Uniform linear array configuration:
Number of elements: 24
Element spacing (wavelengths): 0.75
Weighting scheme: binomial
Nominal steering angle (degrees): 60
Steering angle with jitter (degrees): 61.127
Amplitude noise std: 0.05
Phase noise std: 0.05

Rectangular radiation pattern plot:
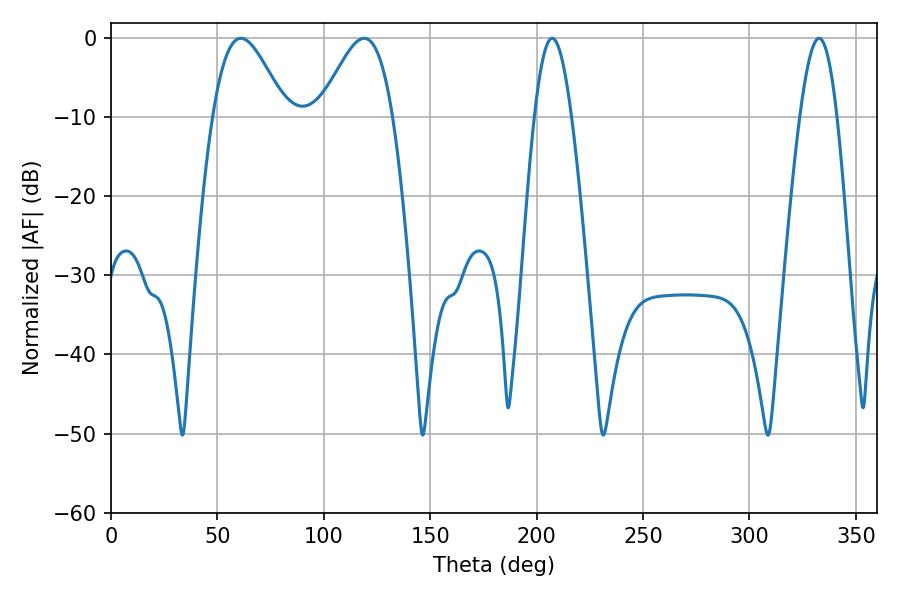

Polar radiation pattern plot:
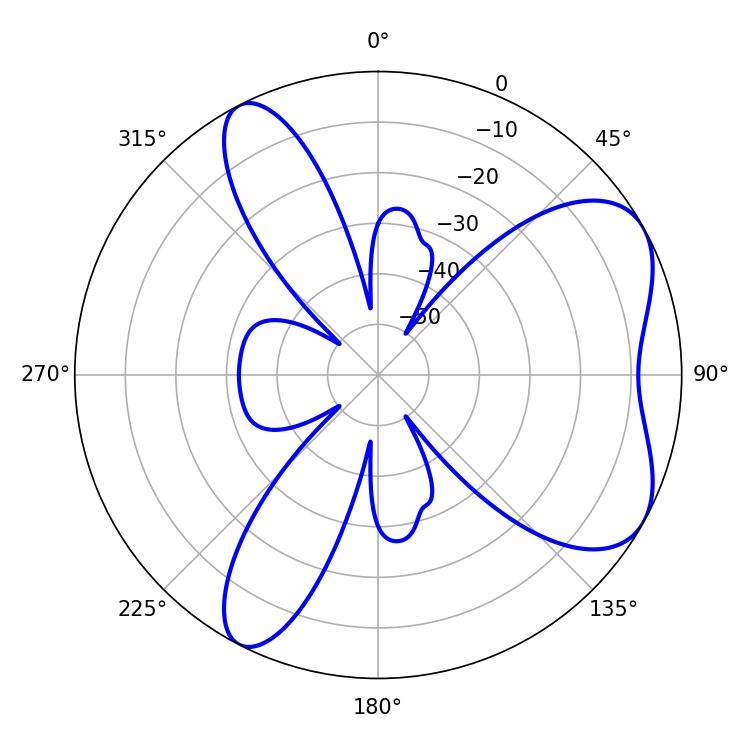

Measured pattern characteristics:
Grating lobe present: TRUE
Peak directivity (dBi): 6.132
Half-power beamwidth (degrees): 18.18
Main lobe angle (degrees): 61.02